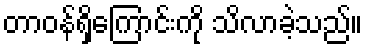
တာဝန်ရှိကြောင်းကို သိလာခဲ့သည်။